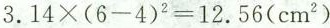
$$3 . 1 4 \times ( 6 - 4 ) ^ { 2 } = 1 2 . 5 6 ( c m ^ { 2 } )$$